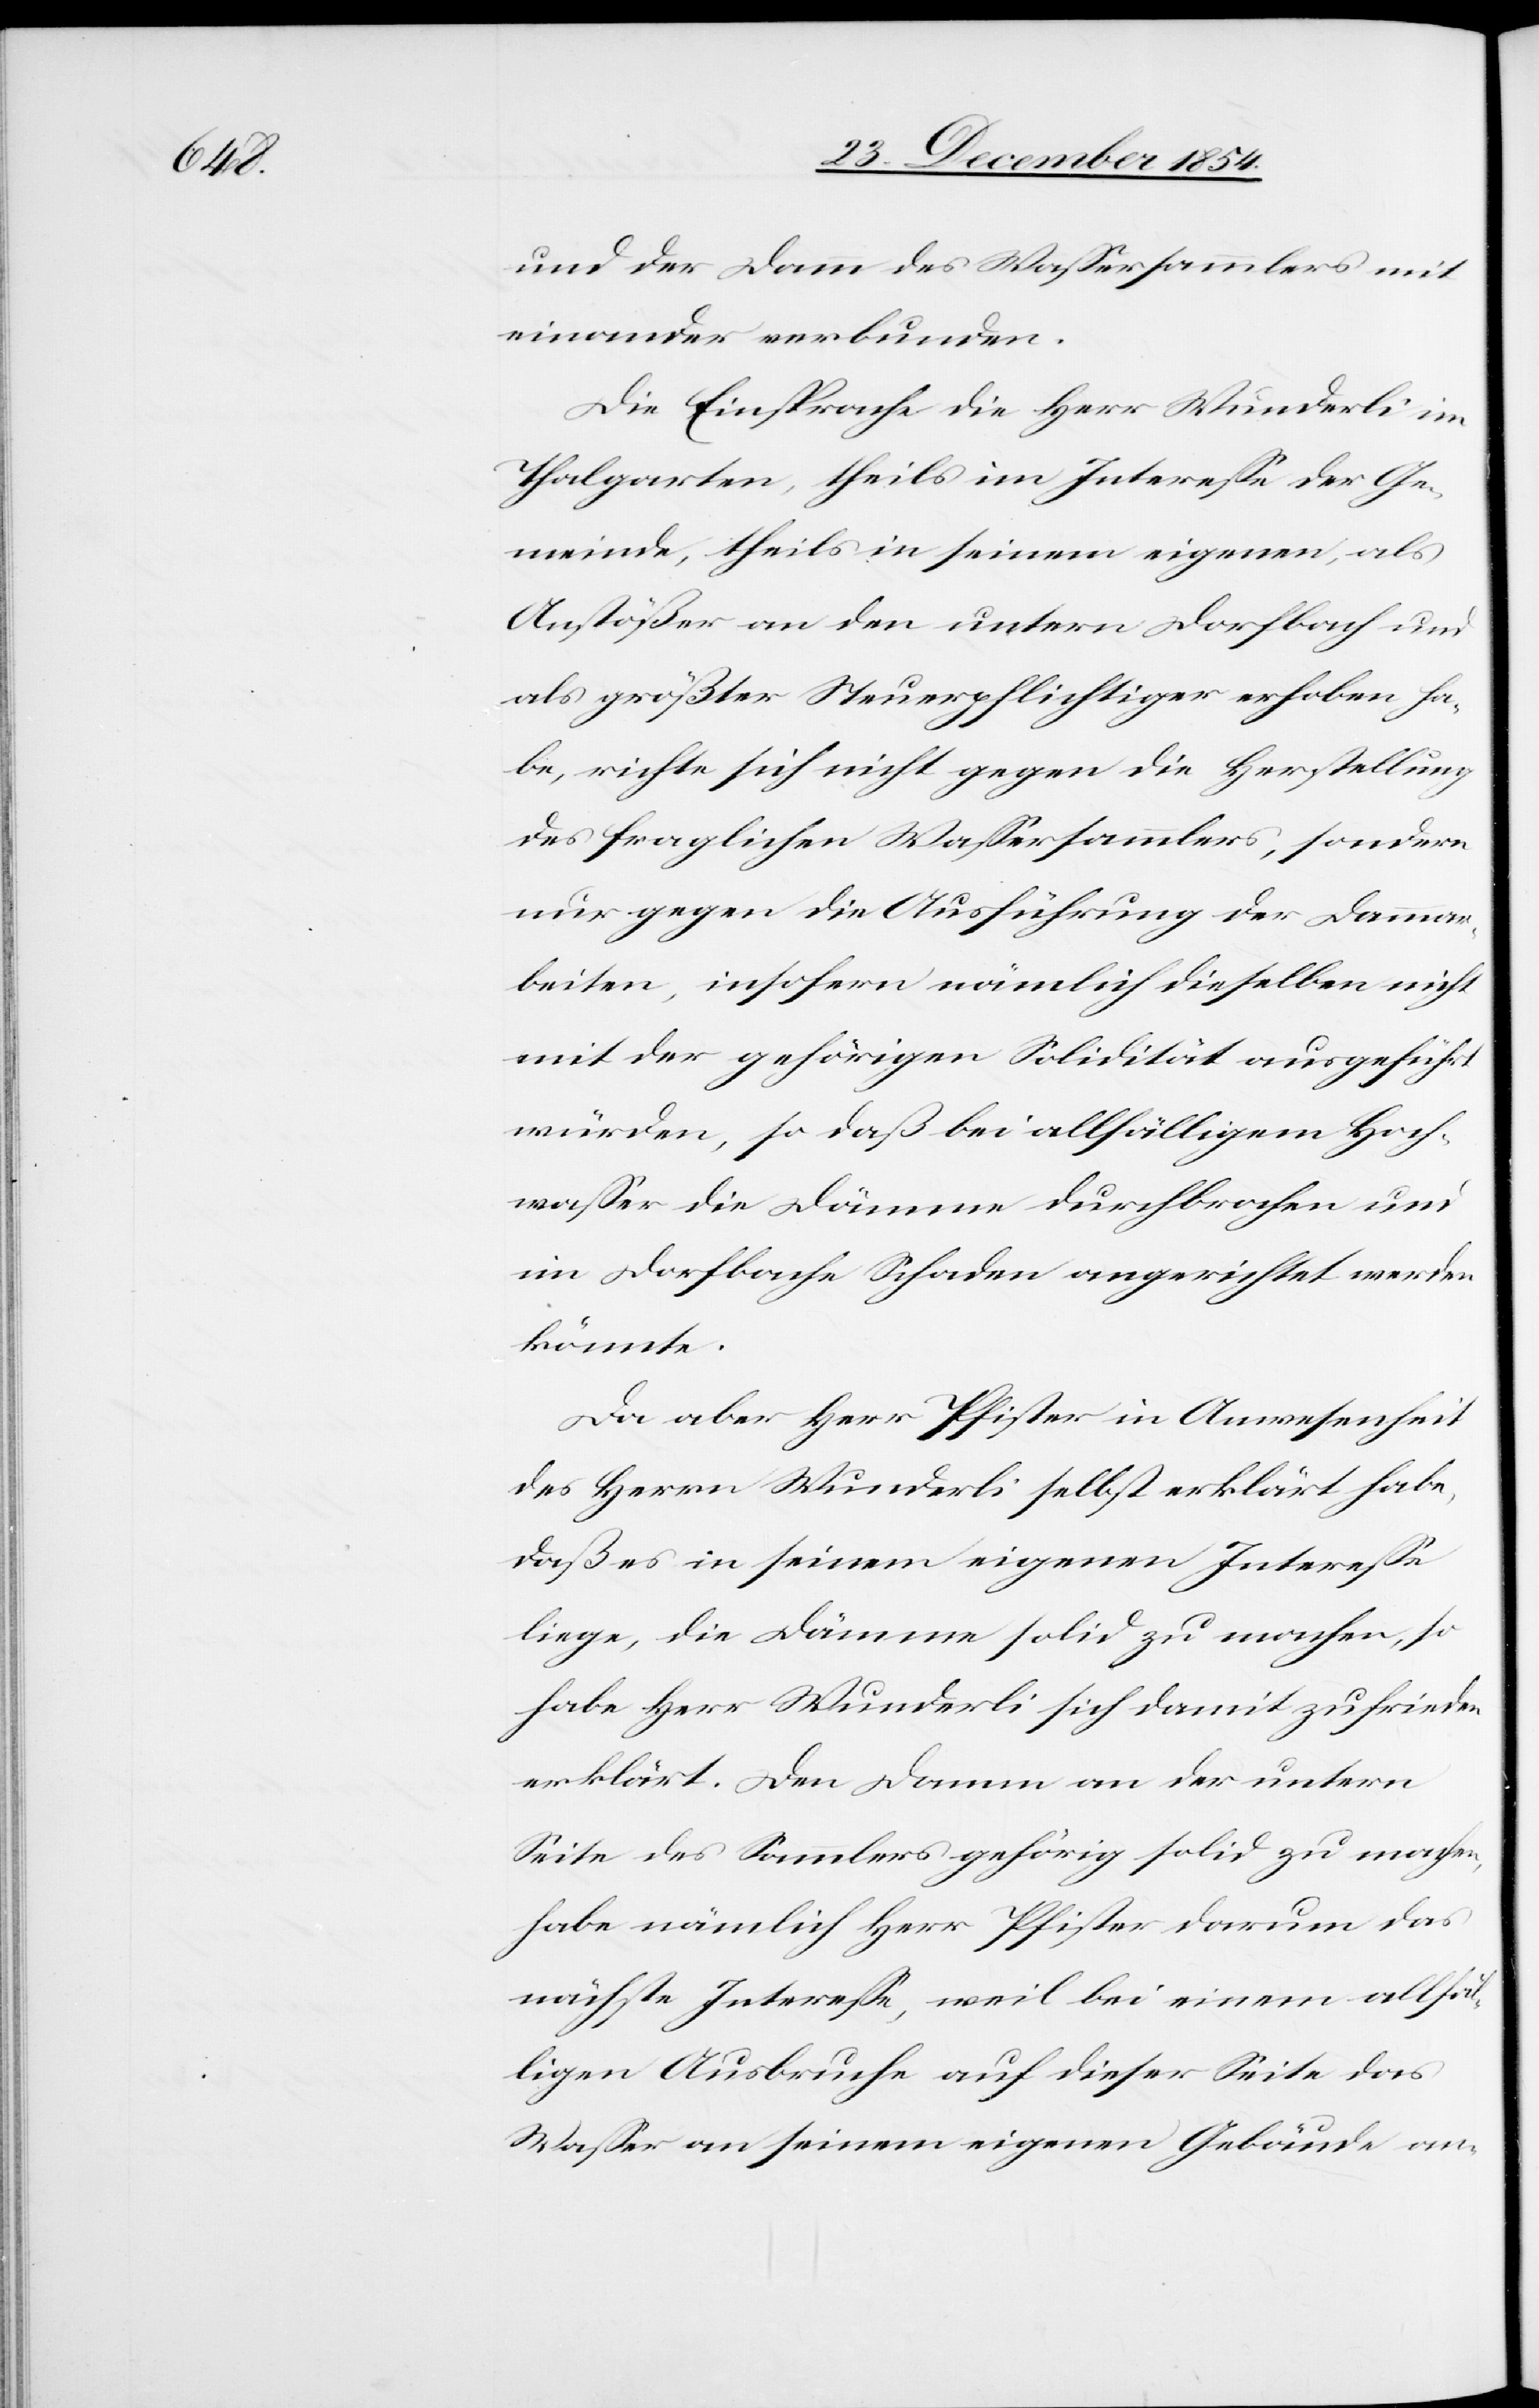
und der Damm des Waßersammlers mit
einander verbunden.
Die Einsprache die Herr Wunderli im
Thalgarten, theils im Intereße der Ge¬
meinde, theils in seinem eigenen, als
Anstößer an den untern Dorfbach und
als größter Steuerpflichtiger erhoben ha¬
be, richte sich nicht gegen die Herstellung
des fraglichen Waßersammlers, sondern
nur gegen die Ausführung der Dammar¬
beiten, insofern nämlich dieselben nicht
mit der gehörigen Solidität ausgeführt
würden, so daß bei allfälligem Hoch¬
waßer die Dämme durchbrochen und
im Dorfbache Schaden angerichtet werden
könnte.
Da aber Herr Pfister in Anwesenheit
des Herrn Wunderli selbst erklärt habe,
daß es in seinem eigenen Intereße
liege, die Dämme solid zu machen, so
habe Herr Wunderli sich damit zufrieden
erklärt. Den Damm an der untern
Seite des Sammlers gehörig solid zu machen,
habe nämlich Herr Pfister darum das
nächste Intereße, weil bei einem allfäl¬
ligen Ausbruche auf dieser Seite das
Waßer an seinem eigenen Gebäude an-